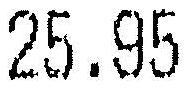
25.95